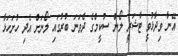
އޭނާ ވިދާޅުވީ ޓާޝަރީ ލޯން ސުކީމްގެ ދެވަނަ ބުރުގައި ލޯނަށް އެދި ހުށަހަޅާ